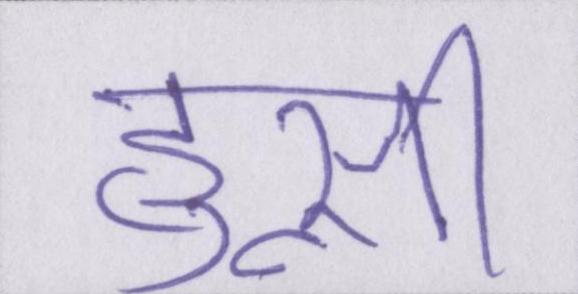
हुस्नी